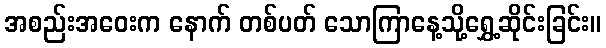
အစည်းအဝေးက နောက် တစ်ပတ် သောကြာနေ့သို့ရွှေ့ဆိုင်းခြင်း။